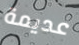
عديمة